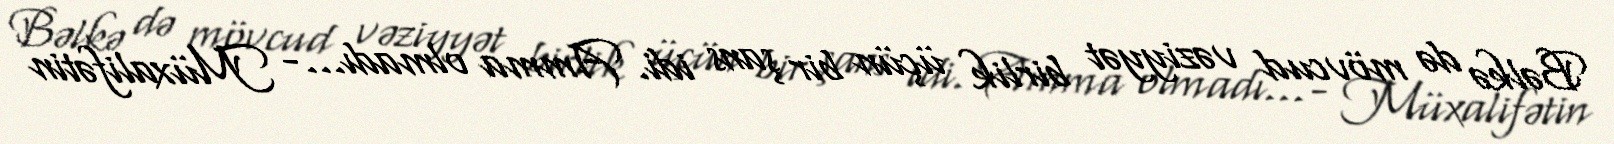
Bəlkə də mövcud vəziyyət birlik üçün bir şans idi. Amma olmadı...- Müxalifətin